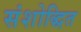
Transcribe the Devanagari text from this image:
संशोद्धित